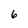
Character: 6